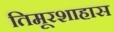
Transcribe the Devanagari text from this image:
तिमूरशाहास